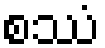
စဿံ